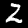
Label: 2